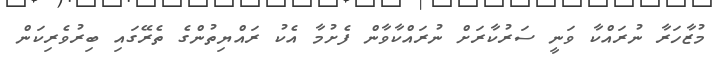
މުޒާހަރާ ނުރައްކާ ވަނީ ސަރުކާރަށް ނުރައްކާވާން ފެށުމާ އެކު ރައްޔިތުންގެ ތެރޭގައި ބިރުވެރިކަން